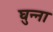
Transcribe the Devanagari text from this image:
घुन्ना